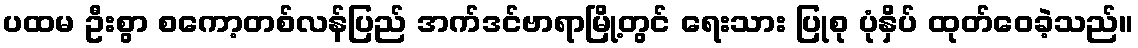
ပထမ ဦးစွာ စကော့တစ်လန်ပြည် အက်ဒင်ဗာရာမြို့တွင် ရေးသား ပြုစု ပုံနှိပ် ထုတ်ဝေခဲ့သည်။